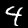
Label: 4